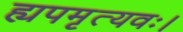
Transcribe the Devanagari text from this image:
ह्यपमृत्यवः।